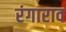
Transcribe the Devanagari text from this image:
रंगाराव